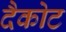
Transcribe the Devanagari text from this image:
दैकोट